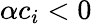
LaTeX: \alpha c_{i}<0